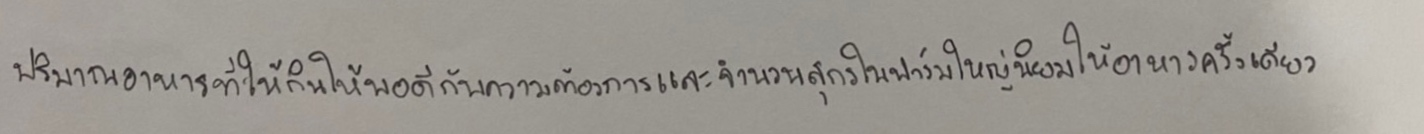
ปริมาณอาหารที่ให้กินให้พอดีกับความต้องการและจำนวนสุกรในฟาร์มใหญ่นิยมให้อาหารครั้งเดียว